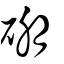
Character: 硼